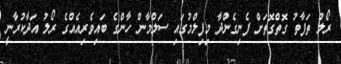
ރޯލު ތަފާތު ގޮތްގޮތަށް ފެނިގެންދާ މިފިލްމުގައި ސަލްމާން ހާންގެ ބައިވެރިއެއްގެ ރޯލު އަދާކުރާނީ